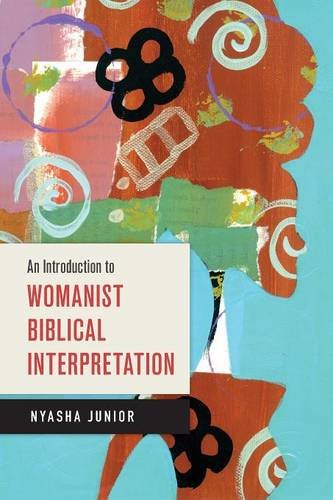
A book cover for An Introduction to Womanist Biblical Interpretation; Nyasha Junior; Christian Books & Bibles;